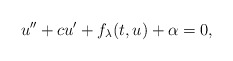
\begin{align*}u'' + c u' + f_{\lambda}(t,u) + \alpha = 0,\end{align*}